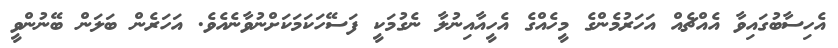
އެހިސާބުގައިވާ އެއްޗެއް އަހަރުމެންގެ މީހެއްގެ އެހީއާއިނުލާ ނެގުމަކީ ފަސޭހަކަމަކަށްނުވާނެއެވެ. އަހަރެން ބަލަން ބޭނުންވީ